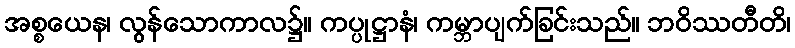
အစ္စယေန၊ လွန်သောကာလ၌။ ကပ္ပုဋ္ဌာနံ၊ ကမ္ဘာပျက်ခြင်းသည်။ ဘဝိဿတီတိ၊